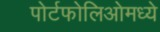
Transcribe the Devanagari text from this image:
पोर्टफोलिओमध्ये